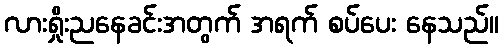
လားရှိုးညနေခင်းအတွက် အရက် စပ်ပေး နေသည်။